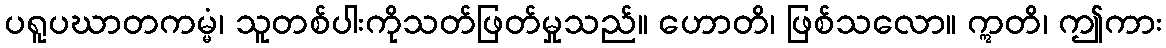
ပရူပဃာတကမ္မံ၊ သူတစ်ပါးကိုသတ်ဖြတ်မှုသည်။ ဟောတိ၊ ဖြစ်သလော။ ဣတိ၊ ဤကား